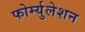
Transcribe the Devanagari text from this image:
फोर्म्युलेशन